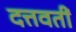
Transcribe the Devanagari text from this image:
दत्तवतीं